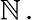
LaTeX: \mathbb{N}\, .